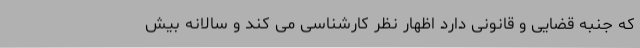
که جنبه قضایی و قانونی دارد اظهار نظر کارشناسی می کند و سالانه بیش